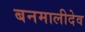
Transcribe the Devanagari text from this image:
बनमालीदेव